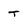
Character: T